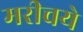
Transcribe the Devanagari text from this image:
मरीचये